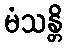
မံသန္တိ